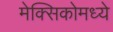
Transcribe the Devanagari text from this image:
मेक्‍सिकोमध्ये